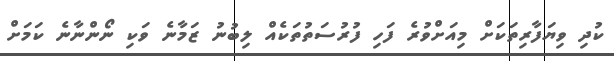
ކުދި ވިޔަފާރިތަކަށް މިއަށްވުރެ ފަހި ފުރުސަތުތަކެއް ލިބުނު ޒަމާނެ ވަކި ނޯންނާނެ ކަމަށް